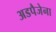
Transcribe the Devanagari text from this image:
अडपैजेना